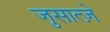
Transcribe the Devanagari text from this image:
जुसात्ज़े